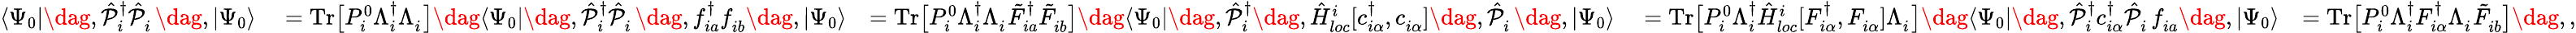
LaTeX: \begin{array}{rlrlr}{\langle\Psi_{0}|\dag,\hat{\mathcal{P}}_{i}^{{\dagger}}\hat{\mathcal{P}}_{i}^{\phantom{\dagger}}\dag,|\Psi_{0}\rangle}&{{}=\mathrm{Tr}\big[P_{i}^{0}\Lambda_{i}^{\dagger}\Lambda_{i}^{\phantom{\dagger}}\big]\dag\langle\Psi_{0}|\dag,\hat{\mathcal{P}}_{i}^{{\dagger}}\hat{\mathcal{P}}_{i}^{\phantom{\dagger}}\dag,f_{ia}^{\dagger}f_{ib}^{\phantom{\dagger}}\dag,|\Psi_{0}\rangle}&{=\mathrm{Tr}\big[P_{i}^{0}\Lambda_{i}^{\dagger}\Lambda_{i}^{\phantom{\dagger}}\tilde{F}_{ia}^{\dagger}\tilde{F}_{ib}^{\phantom{\dagger}}\big]\dag\langle\Psi_{0}|\dag,\hat{\mathcal{P}}_{i}^{{\dagger}}\dag,\hat{H}_{loc}^{i}[c_{i\alpha}^{\dagger},c_{i\alpha}^{\phantom{\dagger}}]\dag,\hat{\mathcal{P}}_{i}^{\phantom{\dagger}}\dag,|\Psi_{0}\rangle}&{{}=\mathrm{Tr}\big[P_{i}^{0}\Lambda_{i}^{\dagger}\hat{H}_{loc}^{i}[F_{i\alpha}^{\dagger},F_{i\alpha}^{\phantom{\dagger}}]\Lambda_{i}^{\phantom{\dagger}}\big]\dag\langle\Psi_{0}|\dag,\hat{\mathcal{P}}_{i}^{{\dagger}}c_{i\alpha}^{\dagger}\hat{\mathcal{P}}_{i}^{\phantom{\dagger}}f_{ia}^{\phantom{\dagger}}\dag,|\Psi_{0}\rangle}&{=\mathrm{Tr}\big[P_{i}^{0}\Lambda_{i}^{\dagger}F_{i\alpha}^{\dagger}\Lambda_{i}^{\phantom{\dagger}}\tilde{F}_{ib}^{\phantom{\dagger}}\big]\dag,,}\end{array}